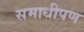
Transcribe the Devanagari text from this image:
समाधीपण